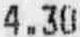
4.30